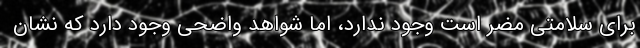
برای سلامتی مضر است وجود ندارد، اما شواهد واضحی وجود دارد که نشان